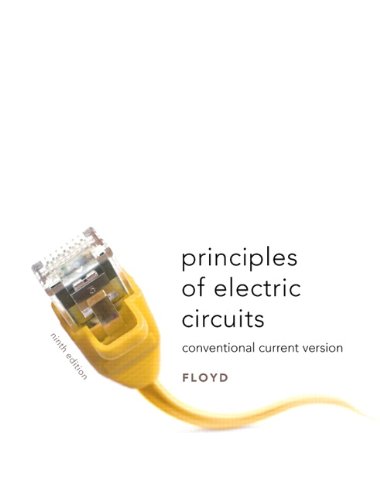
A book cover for Principles of Electric Circuits: Conventional Current Version (9th Edition); Thomas L. Floyd; Business & Money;